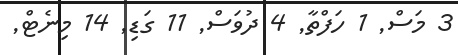
3 މަސް